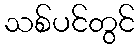
သစ်ပင်တွင်